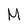
Character: M